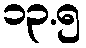
၁၃.၅